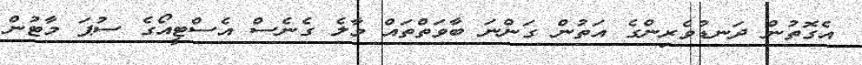
އެގޮތުން ދަނޑުވެރިންގެ އަތުން ގަންނަ ބާވަތްތައް މާލެ ގެނެސް އެސްޓީއޯގެ ސުޕަ މާޓުން